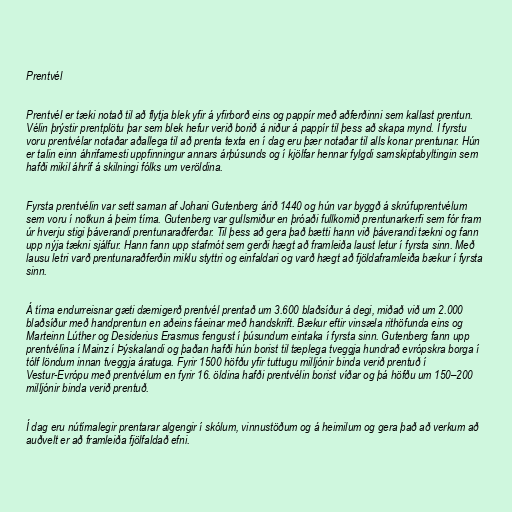
Prentvél

Prentvél er tæki notað til að flytja blek yfir á yfirborð eins og pappír með aðferðinni sem kallast prentun.
Vélin þrýstir prentplötu þar sem blek hefur verið borið á niður á pappír til þess að skapa mynd. Í fyrstu
voru prentvélar notaðar aðallega til að prenta texta en í dag eru þær notaðar til alls konar prentunar. Hún
er talin einn áhrifamesti uppfinningur annars árþúsunds og í kjölfar hennar fylgdi samskiptabyltingin sem
hafði mikil áhríf á skilningi fólks um veröldina.

Fyrsta prentvélin var sett saman af Johani Gutenberg árið 1440 og hún var byggð á skrúfuprentvélum
sem voru í notkun á þeim tíma. Gutenberg var gullsmiður en þróaði fullkomið prentunarkerfi sem fór fram
úr hverju stigi þáverandi prentunaraðferðar. Til þess að gera það bætti hann við þáverandi tækni og fann
upp nýja tækni sjálfur. Hann fann upp stafmót sem gerði hægt að framleiða laust letur í fyrsta sinn. Með
lausu letri varð prentunaraðferðin miklu styttri og einfaldari og varð hægt að fjöldaframleiða bækur í fyrsta
sinn.

Á tíma endurreisnar gæti dæmigerð prentvél prentað um 3.600 blaðsíður á degi, miðað við um 2.000
blaðsíður með handprentun en aðeins fáeinar með handskrift. Bækur eftir vinsæla rithöfunda eins og
Marteinn Lúther og Desiderius Erasmus fengust í þúsundum eintaka í fyrsta sinn. Gutenberg fann upp
prentvélina í Mainz í Þýskalandi og þaðan hafði hún borist til tæplega tveggja hundrað evrópskra borga í
tólf löndum innan tveggja áratuga. Fyrir 1500 höfðu yfir tuttugu milljónir binda verið prentuð í
Vestur-Evrópu með prentvélum en fyrir 16. öldina hafði prentvélin borist víðar og þá höfðu um 150–200
milljónir binda verið prentuð.

Í dag eru nútímalegir prentarar algengir í skólum, vinnustöðum og á heimilum og gera það að verkum að
auðvelt er að framleiða fjölfaldað efni.